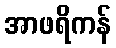
အာဖရိကန်